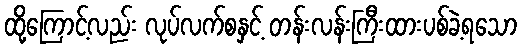
ထို့ကြောင့်လည်း လုပ်လက်စနှင့် တန်းလန်းကြီးထားပစ်ခဲ့ရသော